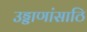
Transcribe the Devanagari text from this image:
उड्डाणांसाठि